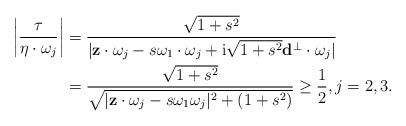
LaTeX: \begin{align*} \begin{aligned} \left \vert \frac{\tau}{\eta\cdot \omega_j}\right \vert &=\frac{\sqrt{1+s^2}}{\vert \mathbf z \cdot \omega_j-s\omega_1\cdot \omega_j+\mathrm i\sqrt{1+s^2}\mathbf d^\perp \cdot \omega_j\vert}\\ &=\frac{\sqrt{1+s^2}}{\sqrt{\vert \mathbf z\cdot \omega_j-s\omega_1\omega_j\vert ^2+(1+s^2)}}\geq\frac{1}{2},j=2,3. \end{aligned} \end{align*}